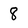
Character: 8